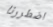
اضطررنا